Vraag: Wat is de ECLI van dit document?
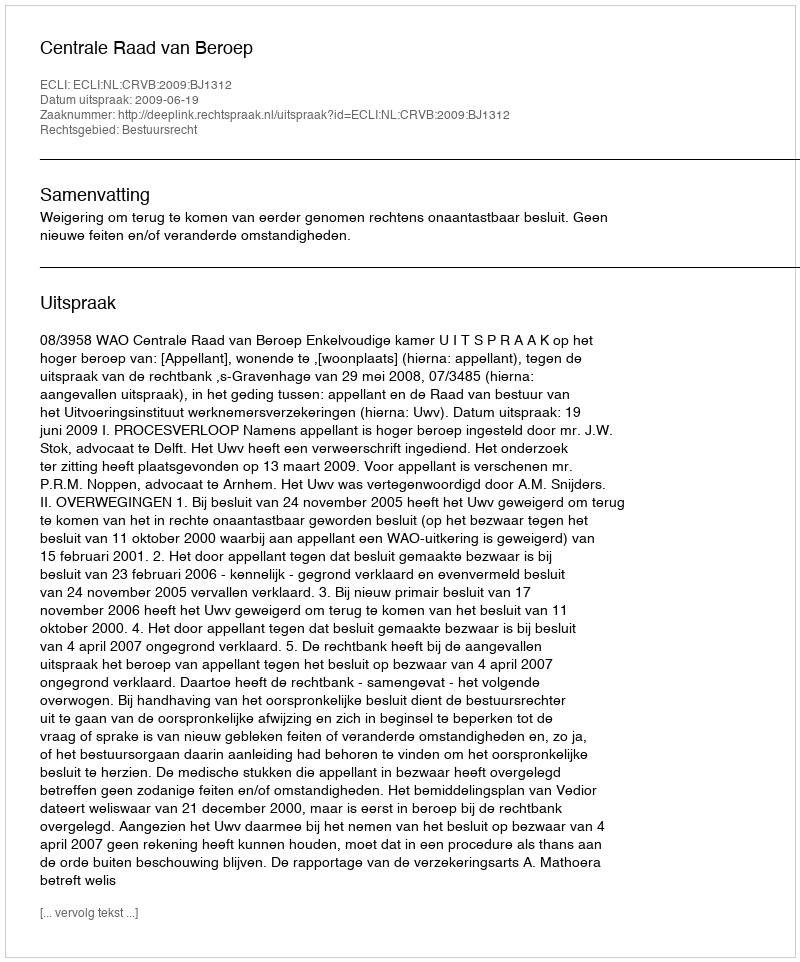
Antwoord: ECLI:NL:CRVB:2009:BJ1312